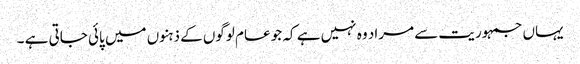
یہاں جمہوریت سے مراد وہ نہیں ہے کہ جو عام لوگوں کے ذہنوں میں پائی جاتی ہے ۔